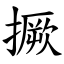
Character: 撅